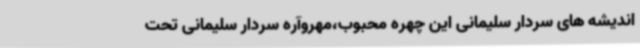
اندیشه های سردار سلیمانی این چهره محبوب،مهروآره سردار سلیمانی تحت